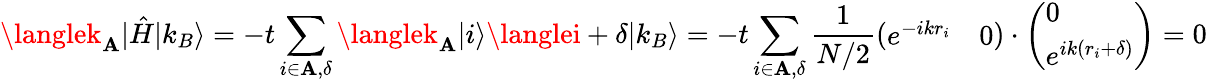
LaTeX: \langlek_{\mathbf{A}}|\hat{{H}}|k_{B}\rangle=-t\sum_{i\in\mathbf{A},\delta}\langlek_{\mathbf{A}}|i\rangle\langlei+\delta|k_{B}\rangle=-t\sum_{i\in\mathbf{A},\delta}\frac{{1}}{{N/2}}\left(\begin{array}{ll}{e^{-ikr_{i}}}&{0}\end{array}\right)\cdot\left(\begin{array}{l}{0}\\ {e^{ik(r_{i}+\delta)}}\end{array}\right)=0